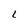
Character: 8